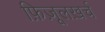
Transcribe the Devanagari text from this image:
फ़िज़ूलख़र्च